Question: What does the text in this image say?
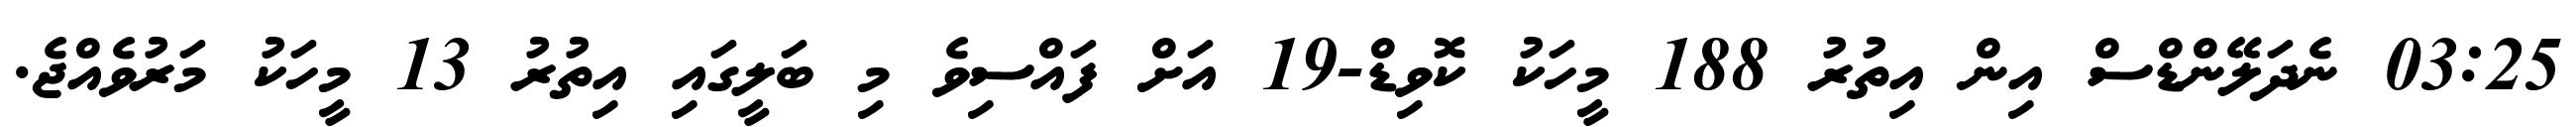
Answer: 03:25 ނެދަލޭންޑްސް އިން އިތުރު 188 މީހަކު ކޮވިޑް-19 އަށް ފައްސިވެ މި ބަލީގައި އިތުރު 13 މީހަކު މަރުވެއްޖެ.